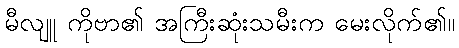
မီလျူ ကိုဗာ၏ အကြီးဆုံးသမီးက မေးလိုက်၏။